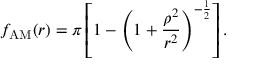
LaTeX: f _ { \mathrm { A M } } ( r ) = \pi \left[ 1 - \left( 1 + \frac { \rho ^ { 2 } } { r ^ { 2 } } \right) ^ { - \frac { 1 } { 2 } } \right] .